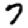
Digit: 7